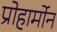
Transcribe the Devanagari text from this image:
प्रोहार्मोन